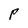
Character: P